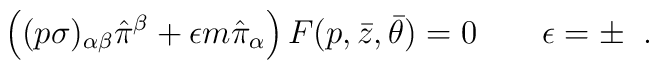
\left((p\sigma)_{\alpha\beta}\hat{\pi}^\beta+\epsilon m\hat{\pi}_\alpha\right)F(p,\bar{z},\bar\theta)=0\qquad\epsilon=\pm\;\;.